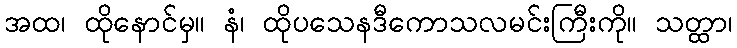
အထ၊ ထိုနောင်မှ။ နံ၊ ထိုပသေနဒီကောသလမင်းကြီးကို။ သတ္ထာ၊